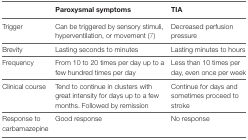
|  | Paroxysmal symptoms | TIA |
 | --- | --- | --- |
 | Trigger | Can be triggered by sensory stimuli, hyperventilation, or movement (7) | Decreased perfusion pressure |
 | Brevity | Lasting seconds to minutes | Lasting minutes to hours |
 | Frequency | From 10 to 20 times per day up to a few hundred times per day | Less than 10 times per day, even once per week |
 | Clinical course | Tend to continue in clusters with great intensity for days up to a few months. Followed by remission | Continue for days and sometimes proceed to stroke |
 | Response to carbamazepine | Good response | No response |